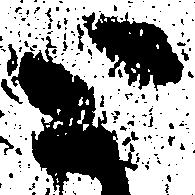
と